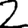
Digit: 2